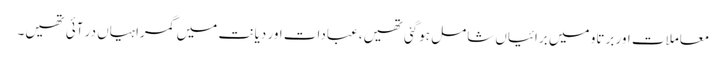
معاملات اور برتاو میں برائیاں شامل ہوگئی تھیں،عبادات اور دیانت میں گمراہیاں در آئی تھیں۔